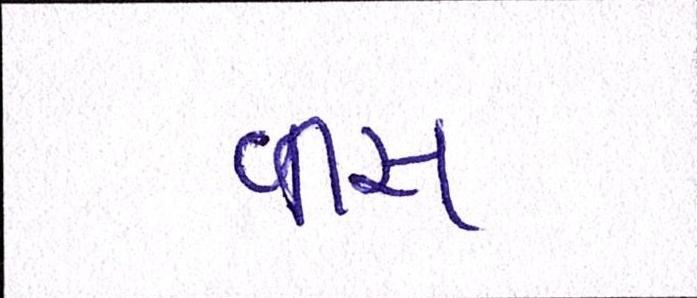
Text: વીસ